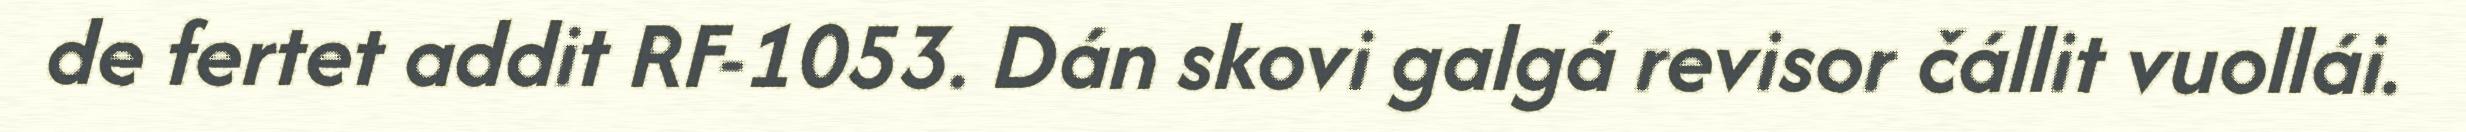
de fertet addit RF-1053. Dán skovi galgá revisor čállit vuollái.